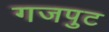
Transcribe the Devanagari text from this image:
गजपुट